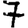
Digit: 7